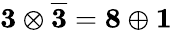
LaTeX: \mathbf{3}\otimes\mathbf{\overline{{3}}}=\mathbf{8}\oplus\mathbf{1}